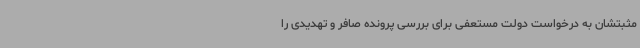
مثبتشان به درخواست دولت مستعفی برای بررسی پرونده صافر و تهدیدی را